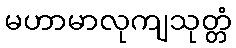
မဟာမာလုကျသုတ္တံ